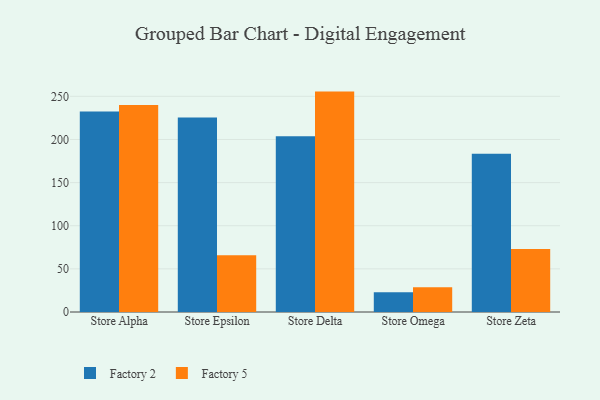
{"axis": {"x": "Store", "y": "Market Share (%)"}, "legend": ["Factory 2", "Factory 5"], "data": [{"x": "Store Alpha", "y": 232.3, "type": "Factory 2"}, {"x": "Store Alpha", "y": 240.1, "type": "Factory 5"}, {"x": "Store Epsilon", "y": 225.6, "type": "Factory 2"}, {"x": "Store Epsilon", "y": 65.9, "type": "Factory 5"}, {"x": "Store Delta", "y": 203.8, "type": "Factory 2"}, {"x": "Store Delta", "y": 255.5, "type": "Factory 5"}, {"x": "Store Omega", "y": 22.9, "type": "Factory 2"}, {"x": "Store Omega", "y": 28.6, "type": "Factory 5"}, {"x": "Store Zeta", "y": 183.5, "type": "Factory 2"}, {"x": "Store Zeta", "y": 73.1, "type": "Factory 5"}]}